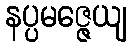
နပ္ပမဇ္ဇေယျ